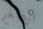
الصغر